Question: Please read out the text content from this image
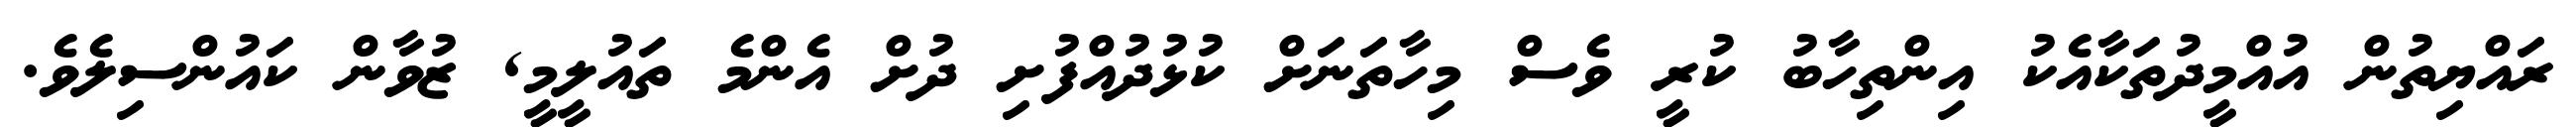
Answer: ރައްޔިތުން އުއްމީދުތަކާއެކު އިންތިހާބު ކުރީ ވެސް މިހާތަނަށް ކުޅުދުއްފުށި ދުށް އެންމެ ތައުލީމީ, ޒުވާން ކައުންސިލެވެ.